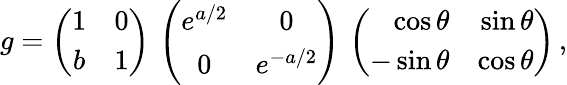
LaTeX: g=\left(\begin{array}{cc}{{1}}&{{0}}\\ {{b}}&{{1}}\end{array}\right)\, \left(\begin{array}{cc}{{e^{a/2}}}&{{0}}\\ {{0}}&{{e^{-a/2}}}\end{array}\right)\, \left(\begin{array}{rr}{{\cos\theta}}&{{\sin\theta}}\\ {{-\sin\theta}}&{{\cos\theta}}\end{array}\right)\, ,